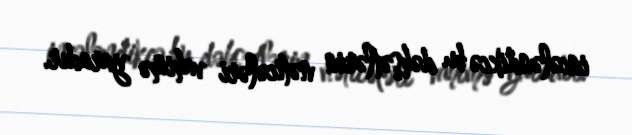
incələndikcə bu dəhşətlərin nəticələri vahimə yaradır.